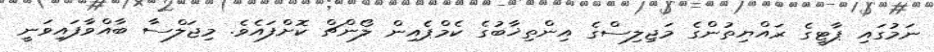
ނަމުގައި ޕާޓީގެ ރައްޔިތުންގެ މަޖިލިސްގެ އިންތިޚާބުގެ ކެމްޕެއިން ލޯންޗް ކޮށްފައެވެ. މިޖަލްސާ ބާއްވާފައިވަނީ